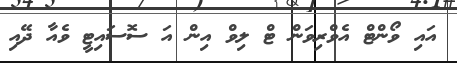
އައި ވޯންޓް އެވްރިވަން ޓް ލިވް އިން އަ ސޮސައިޓީ ވެއާ ދޭއި